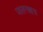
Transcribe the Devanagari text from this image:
जलनक्षत्र